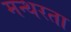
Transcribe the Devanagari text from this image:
मन्थरता